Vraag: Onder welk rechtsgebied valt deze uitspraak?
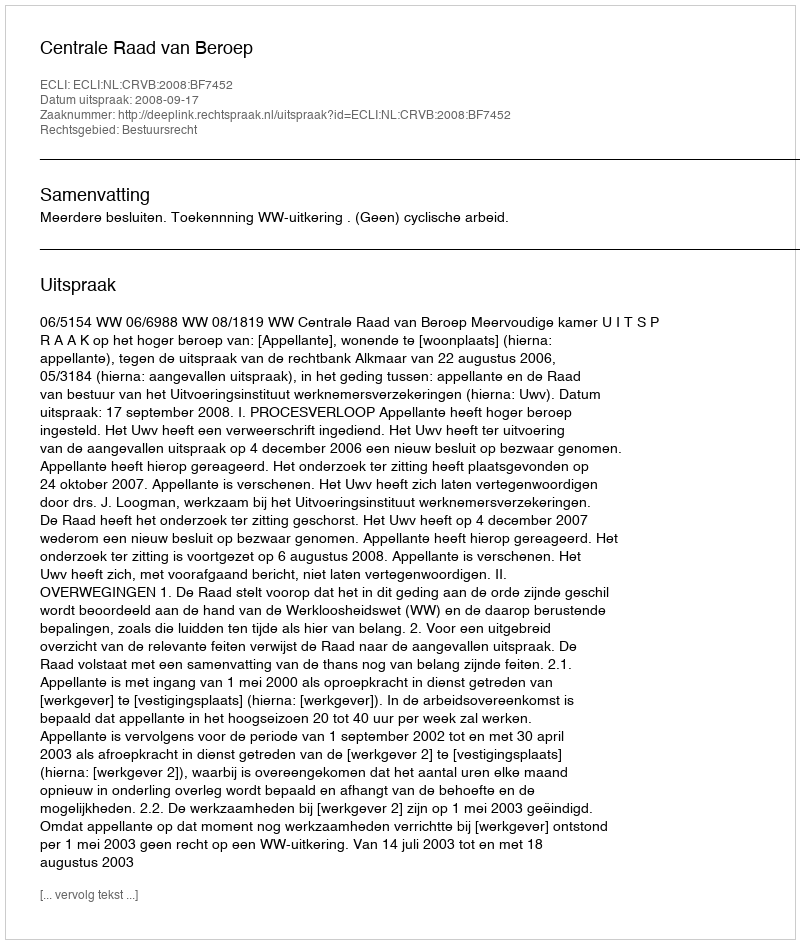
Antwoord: Bestuursrecht